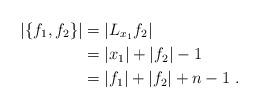
LaTeX: \begin{align*}|\{f_1,f_2\}|&=|L_{x_1}f_2|\\&=|x_1|+|f_2|-1\\&=|f_1|+|f_2|+n-1\;.\end{align*}